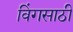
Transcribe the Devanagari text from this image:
विंगसाठी